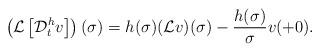
LaTeX: \begin{align*}\left(\mathcal{L}\left[\mathcal{D}^h_t v\right]\right)(\sigma)=h(\sigma)(\mathcal{L}v)(\sigma)-\frac{h(\sigma)}{\sigma}v(+0).\end{align*}